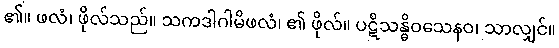
၏။ ဖလံ၊ ဖိုလ်သည်။ သကဒါဂါမိဖလံ၊ ၏ ဖိုလ်။ ပဋိသန္ဓိဝသေနဝ၊ သာလျှင်။